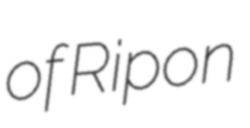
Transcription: of Ripon